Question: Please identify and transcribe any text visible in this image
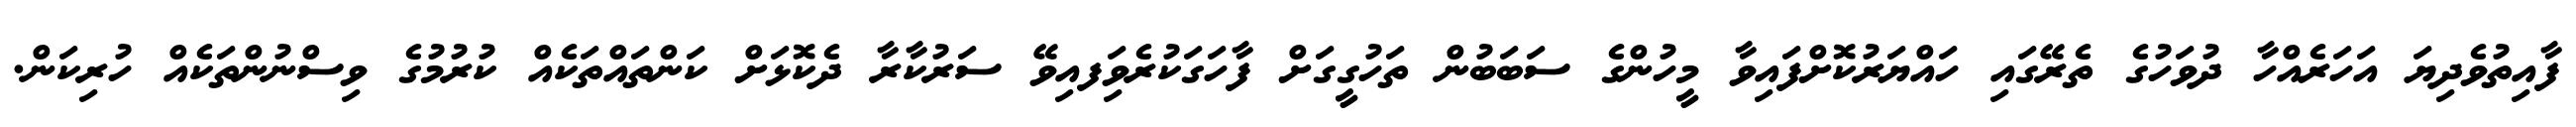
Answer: ފާއިތުވެދިޔަ އަހަރެއްހާ ދުވަހުގެ ތެރޭގައި ހައްޔަރުކޮށްފައިވާ މީހުންގެ ސަބަބުން ތަހުގީގަށް ފާހަގަކުރެވިަފއިވޭ ސަރުކާރާ ދެކޮޅަށް ކަންތައްތަކެއް ކުރުމުގެ ވިސްނުންތަކެއް ހުރިކަން.